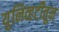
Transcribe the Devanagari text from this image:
युनिव्हर्टीतून